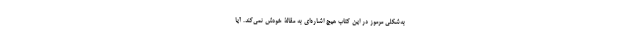
به‌شکلی مرموز در این کتاب هیچ اشاره‌ای به مقالۀ خودش نمی‌کند. آیا